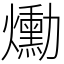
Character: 爋